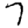
Digit: 7